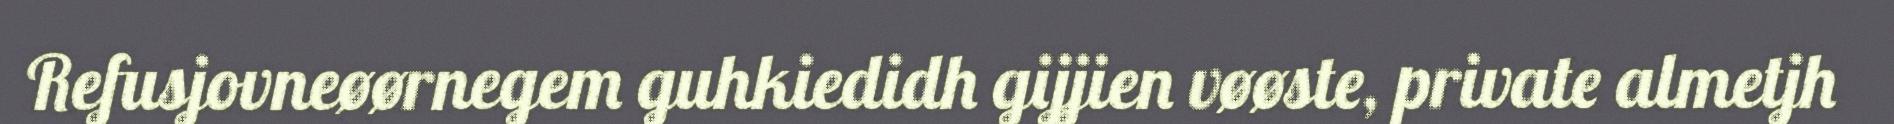
Refusjovneøørnegem guhkiedidh gijjien vøøste, private almetjh